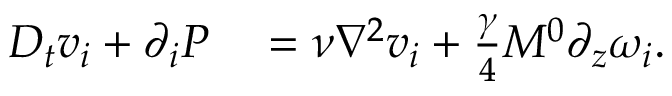
\begin{array} { r l } { D _ { t } v _ { i } + \partial _ { i } P } & { { } = \nu \nabla ^ { 2 } v _ { i } + \frac { \gamma } { 4 } M ^ { 0 } \partial _ { z } \omega _ { i } . } \end{array}